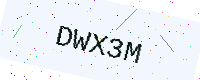
Text: DWX3M